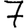
Digit: 7